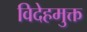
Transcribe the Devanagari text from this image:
विदेहमुक्त